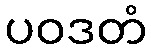
ပဝဒတံ